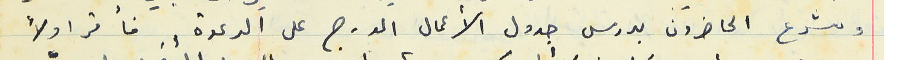
وشرع الحاضرون بدرس جدول الأعمال المدرج على الدعوة فأقر اولاً